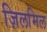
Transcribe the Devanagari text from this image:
ज़िलमिल